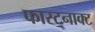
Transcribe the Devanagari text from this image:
फास्टनाक्ट